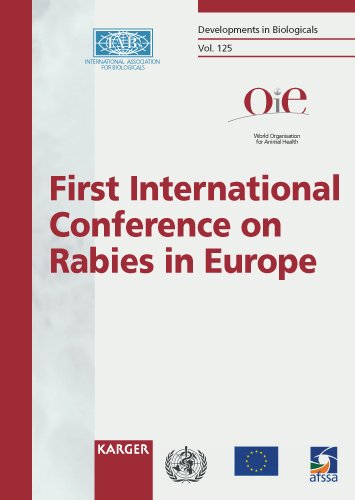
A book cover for Rabies in Europe: 1st International Conference, Kiev, June 2005: Proceedings (Developments in Biologicals, Vol. 125); Medical Books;